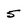
Character: 5